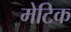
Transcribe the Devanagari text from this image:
मेटिक